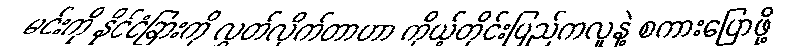
မင်းကို နိုင်ငံခြားကို လွှတ်လိုက်တာဟာ ကိုယ့်တိုင်းပြည်ကလူနဲ့ စကားပြောဖို့